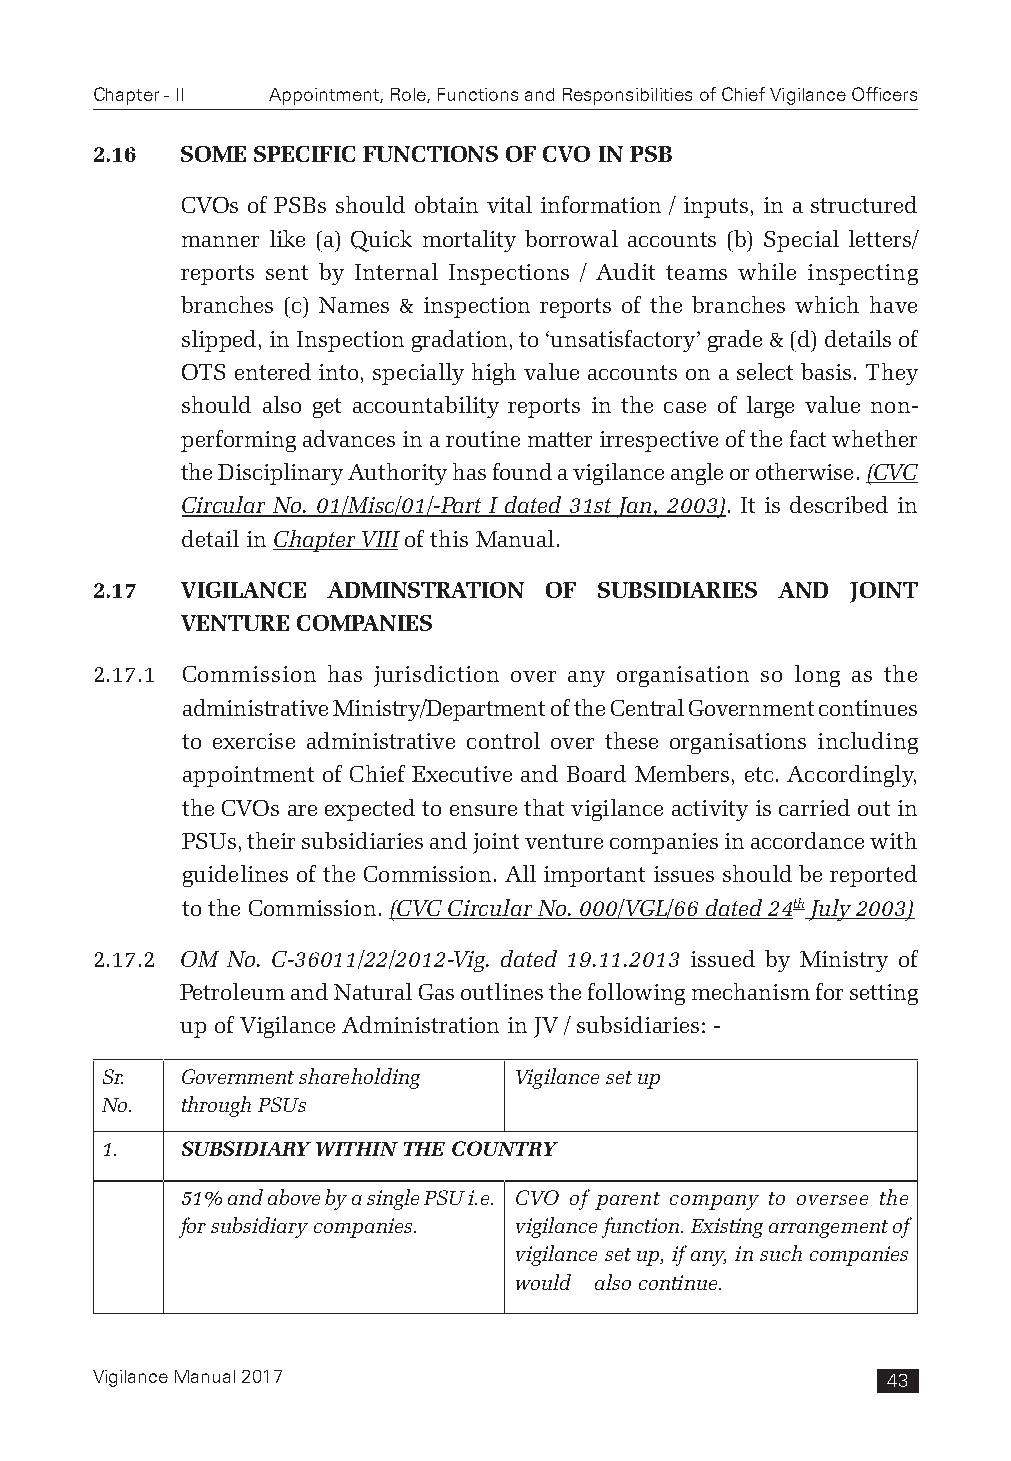
Chapter - II Appointment, Role, Functions and Responsibilities of Chief Vigilance Officers
 2.16  SOME SPECIFIC FUNCTIONS OF CVO IN PSB
 CVOs of PSBs should obtain vital information / inputs, in a structured
 manner like (a) Quick mortality borrowal accounts (b) Special letters/
 reports sent by Internal Inspections / Audit teams while inspecting
 branches (c) Names & inspection reports of the branches which have
 slipped, in Inspection gradation, to ‘unsatisfactory’ grade & (d) details of
 OTS entered into, specially high value accounts on a select basis. They
 should also get accountability reports in the case of large value non-
 performing advances in a routine matter irrespective of the fact whether
 the Disciplinary Authority has found a vigilance angle or otherwise. (CVC
 Circular No. 01/Misc/01/-Part I dated 31st Jan, 2003). It is described in
 detail in Chapter VIII of this Manual.
 2.17  VIGILANCE ADMINSTRATION OF  SUBSIDIARIES AND JOINT
 VENTURE COMPANIES
 2.17.1 Commission has jurisdiction over any organisation so long as the
 administrative Ministry/Department of the Central Government continues
 to exercise administrative control over these organisations including
 appointment of Chief Executive and Board Members, etc. Accordingly,
 the CVOs are expected to ensure that vigilance activity is carried out in
 PSUs, their subsidiaries and joint venture companies in accordance with
 guidelines of the Commission. All important issues should be reported
 to the Commission. (CVC Circular No. 000/VGL/66 dated 24th July 2003)
 2.17.2 OM No. C-36011/22/2012-Vig. dated 19.11.2013 issued by Ministry of
 Petroleum and Natural Gas outlines the following mechanism for setting
 up of Vigilance Administration in JV / subsidiaries: -
 Sr.  Government shareholding Vigilance set up
 No.  through PSUs
 1.   SUBSIDIARY WITHIN THE COUNTRY
 51% and above by a single PSU i.e. CVO of parent company to oversee the
 for subsidiary companies. vigilance function. Existing arrangement of
 vigilance set up, if any, in such companies
 would also continue.
 Vigilance Manual 2017                                43